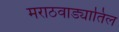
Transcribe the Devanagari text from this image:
मराठवाड्यातिल